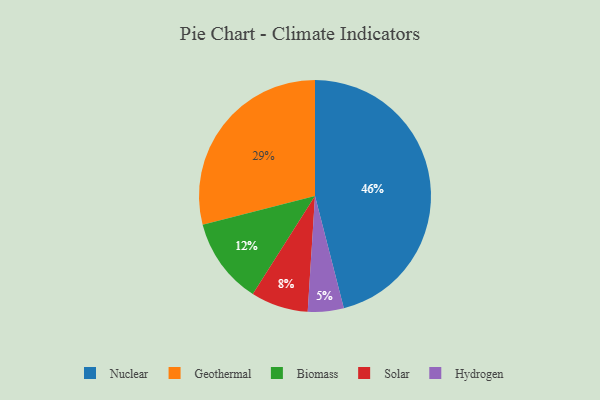
{"axis": {"x": "Category", "y": "Percentage"}, "legend": ["Biomass", "Geothermal", "Hydrogen", "Nuclear", "Solar"], "data": [{"x": "Biomass", "y": 12, "type": "Biomass"}, {"x": "Hydrogen", "y": 5, "type": "Hydrogen"}, {"x": "Solar", "y": 8, "type": "Solar"}, {"x": "Nuclear", "y": 46, "type": "Nuclear"}, {"x": "Geothermal", "y": 29, "type": "Geothermal"}]}